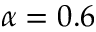
\alpha = 0 . 6